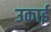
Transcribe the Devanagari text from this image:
उकाई